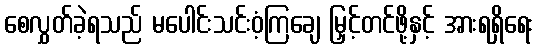
စေလွှတ်ခဲ့ရသည် မပေါင်းသင်းဝံ့ကြချေ မြှင့်တင်ဖို့နှင့် အားရရှိရေး